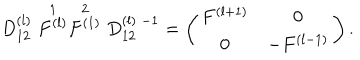
LaTeX: D _ { 1 2 } ^ { ( l ) } \stackrel { 1 } { F ^ { ( l ) } } \stackrel { 2 } { F ^ { ( 1 ) } } D _ { 1 2 } ^ { ( l ) \; - 1 } = \left( \begin{array} { c c } { { F ^ { ( l + 1 ) } } } & { { 0 } } \\ { { 0 } } & { { - F ^ { ( l - 1 ) } } } \\ \end{array} \right) .